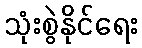
သုံးစွဲနိုင်ရေး